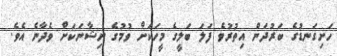
ހަށިގަނޑުގެ ބަރުދަން އިތުރުވެ ފަލަ ބަލީގެ މީހަކަށް ވުމުގެ ނިޝާނަކަށް ވެދާނެ އެވެ.